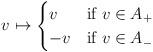
LaTeX: \begin{align*}v \mapsto \begin{cases}v & \mbox{if } v \in A_+ \\-v & \mbox{if } v \in A_-\end{cases}\end{align*}